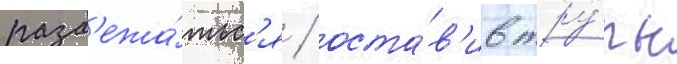
разб'ежа́тьс'я / оста́в'ив тру́пы